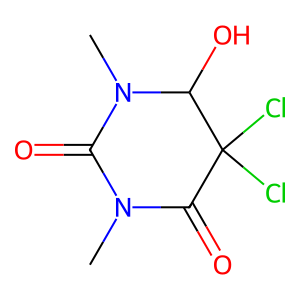
SMILES: CN1C(=O)N(C)C(O)C(Cl)(Cl)C1=O
Inhibits HIV replication: No